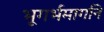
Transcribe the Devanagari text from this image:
भूगर्भमार्गाने